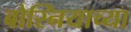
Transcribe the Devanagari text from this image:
बोस्नियाच्या